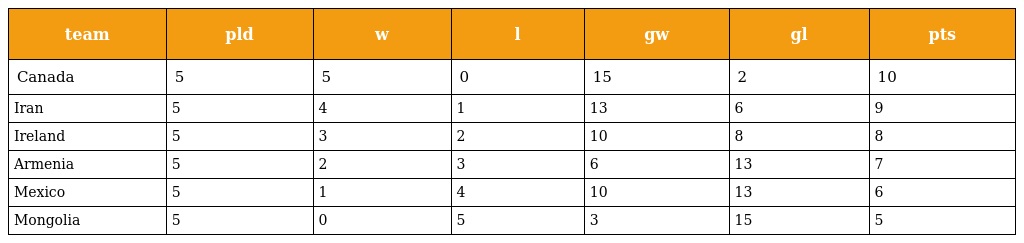
| team | pld | w | l | gw | gl | pts |
 | --- | --- | --- | --- | --- | --- | --- |
 | Canada | 5 | 5 | 0 | 15 | 2 | 10 |
 | Iran | 5 | 4 | 1 | 13 | 6 | 9 |
 | Ireland | 5 | 3 | 2 | 10 | 8 | 8 |
 | Armenia | 5 | 2 | 3 | 6 | 13 | 7 |
 | Mexico | 5 | 1 | 4 | 10 | 13 | 6 |
 | Mongolia | 5 | 0 | 5 | 3 | 15 | 5 |